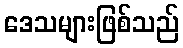
ဒေသများဖြစ်သည်